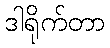
ဒါရိုက်တာ